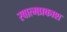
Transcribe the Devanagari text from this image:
स्वात्मप्रकाश